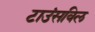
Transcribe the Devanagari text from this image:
टाउंसविल